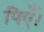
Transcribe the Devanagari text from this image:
पिएँ।